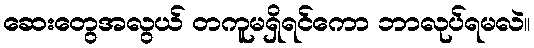
ဆေးတွေအလွယ် တကူမရှိရင်ကော ဘာလုပ်ရမလဲ။